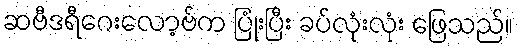
ဆဗီဒရီဂေးလော့ဗ်က ပြုံးပြီး ခပ်လုံးလုံး ဖြေသည်။